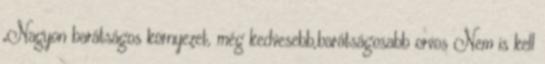
„Nagyon barátságos környezet, még kedvesebb,barátságosabb orvos Nem is kell